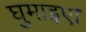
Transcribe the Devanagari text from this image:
घुमाइए।